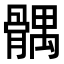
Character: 髃